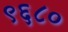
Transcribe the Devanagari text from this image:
९६८०